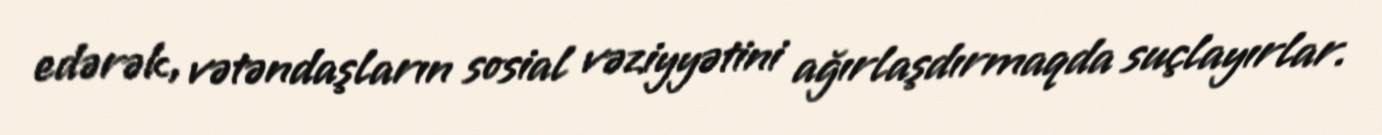
edərək, vətəndaşların sosial vəziyyətini ağırlaşdırmaqda suçlayırlar.